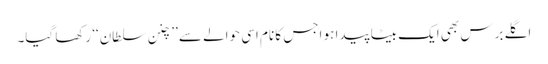
اگلے برس بھی ایک بیٹا پیدا ہو اجس کا نام اسی حوالے سے ’’چنن سلطان‘‘ رکھا گیا۔